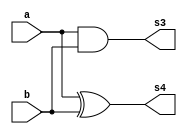
//NOME: Henrique Carvalho Parreira

module operadorMS ( s4, s3, a, b);
output s4, s3;
input a, b;

xor XOR2(s4,a,b);
and AND2(s3,a,b);

endmodule

module operadorSC ( s0, s1, a, b, v1 );
output s0, s1;
input a, b, v1;
wire s3, s4;

operadorMS MS1(s4,s3,a,b);
operadorMS MS2( s0, s2 ,v1 ,s4);
or OR1(s1,s2,s3);

endmodule

module SC4Bits ( s, a, b);
output[4:0]s;
input[3:0]a,b;
wire[2:0]c;

operadorMS MS1(s[0],c[0],a[0],b[0]);
operadorSC SC1(s[1],c[1],a[1],b[1],c[0]);
operadorSC SC2(s[2],c[2],a[2],b[2],c[1]);
operadorSC SC3(s[3],s[4],a[3],b[3],c[2]);

endmodule


module testSC;
reg [3:0]a,b;
wire [4:0]s;
integer i, j;

SC4Bits SC4B(s, a, b);

 initial begin : start
 
 a=0; b=0;
 
 end

initial begin : main

#1 $display ( " Operador Soma Completa - 4 Bits " );
#1 $display ( "   a  +  b   =  s   " );
	$monitor ( " %4b  %4b  = %5b ",a,b,s);
	
	for ( i = 0; i < 16; i = i + 1)begin
	 a = i;
	for ( j = 0; j < 16; j = j + 1)begin
	#1 b = j;
	end
	end
				
end

endmodule